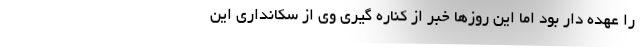
را عهده دار بود اما این روزها خبر از کناره گیری وی از سکانداری این